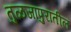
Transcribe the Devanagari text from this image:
तुळजापुरातील